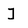
Character: I